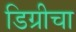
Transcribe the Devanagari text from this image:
डिग्रीचा